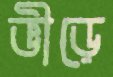
ভীড়ে